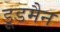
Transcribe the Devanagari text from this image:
डूडमैन